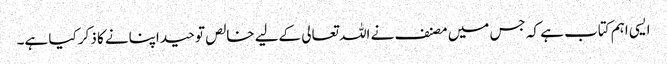
ایسی اہم کتاب ہے کہ جس میں مصنف نے اللہ تعالی کےلیے خالص توحید اپنانے کا ذکر کیا ہے۔